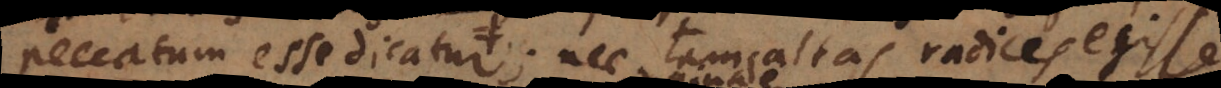
peccatum esse, nec tam altas radices egisse